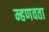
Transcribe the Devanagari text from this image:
म्हणवता